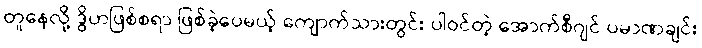
တူနေလို့ ဒွိဟဖြစ်စရာ ဖြစ်ခဲ့ပေမယ့် ကျောက်သားတွင်း ပါဝင်တဲ့ အောက်စီဂျင် ပမာဏချင်း